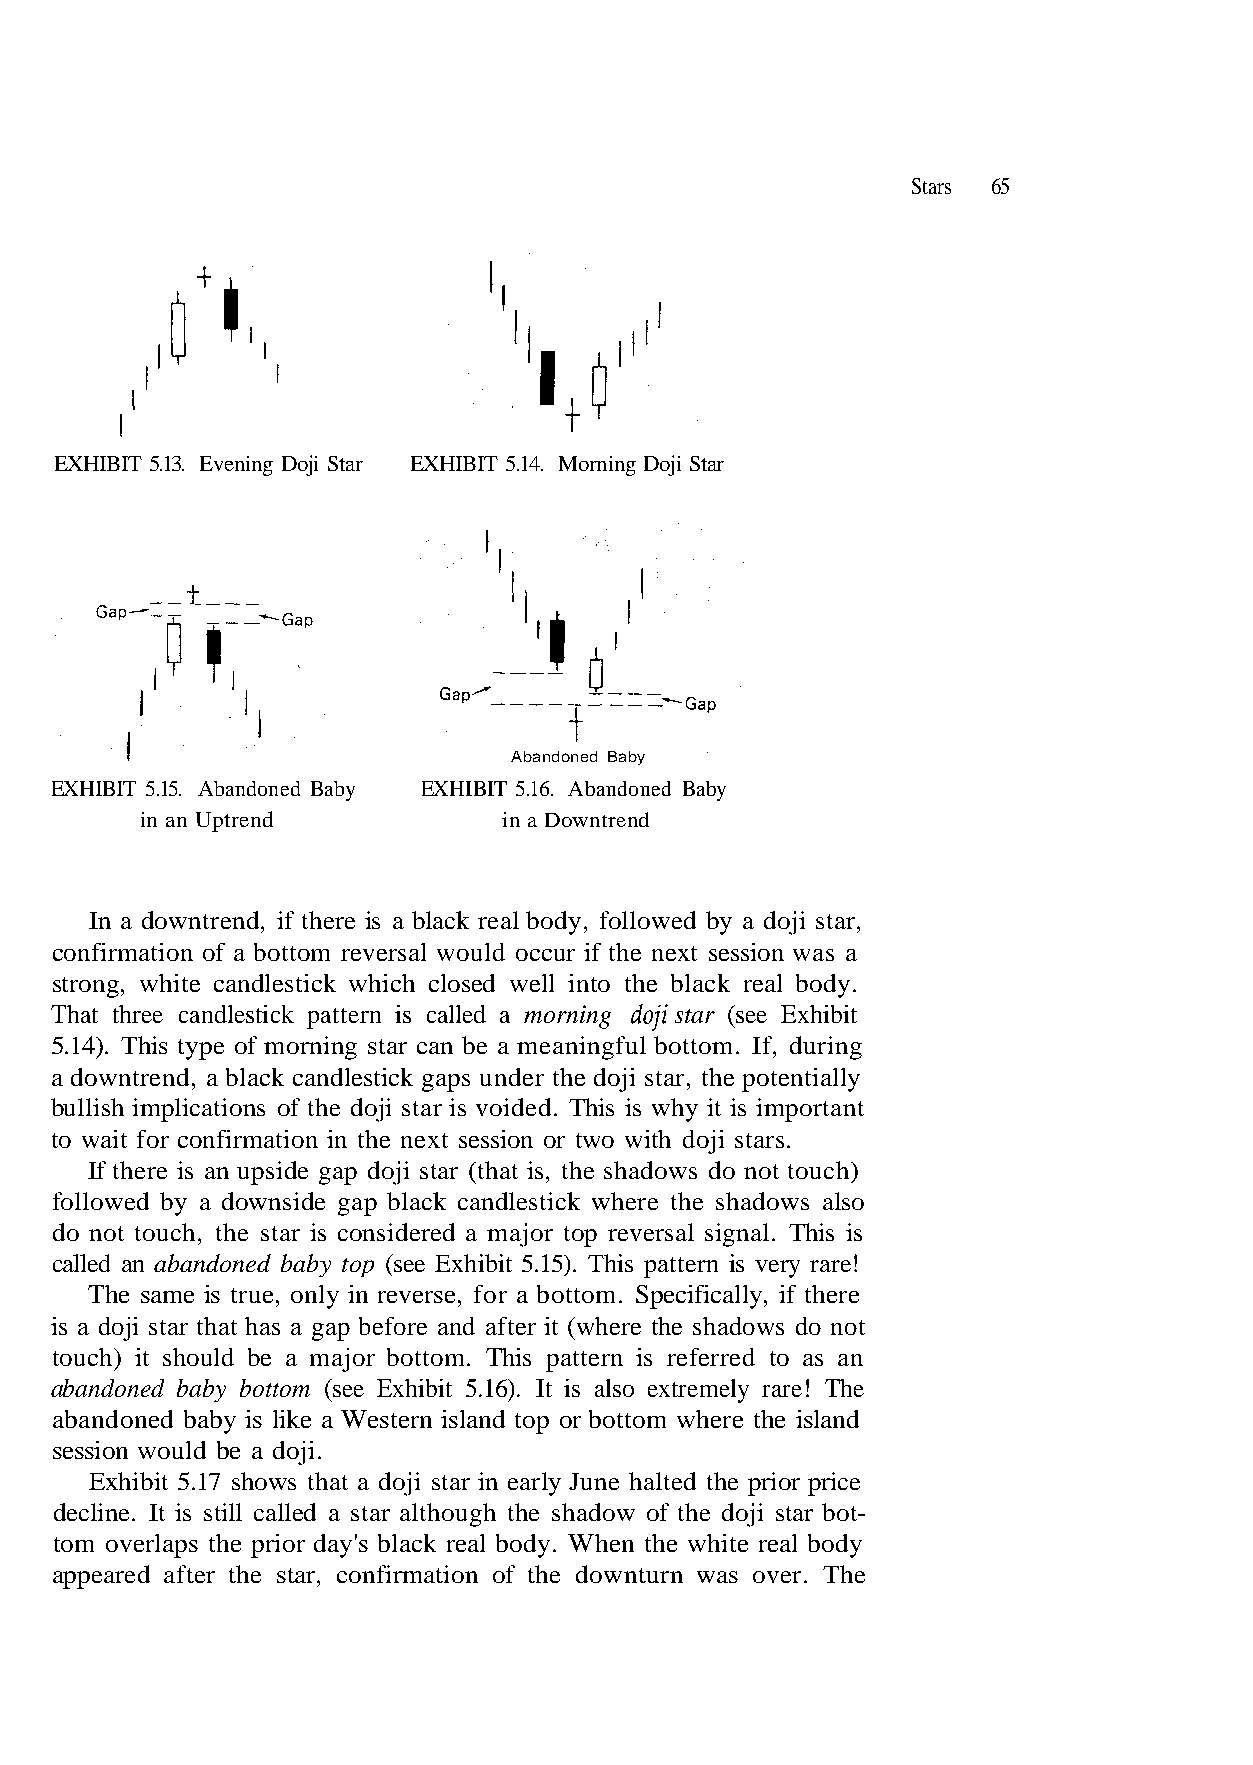
Stars 65
 EXHIBIT 5.13. Evening Doji Star EXHIBIT 5.14. Morning Doji Star
 Abandoned Baby
 EXHIBIT 5.16. Abandoned Baby
 in an Uptrend           in a Downtrend
 confirmation of a bottom reversal would occur if the next session was a
 strong, white candlestick which closed well into the black real body.
 That three candlestick pattern is called a morning doji star (see Exhibit
 If there is an upside gap doji star (that is, the shadows do not touch)
 followed by a downside gap black candlestick where the shadows also
 do not touch, the star is considered a major top reversal signal. This is
 called an abandoned baby top (see Exhibit 5.15). This pattern is very rare!
 is a doji star that has a gap before and after it (where the shadows do not
 decline. It is still called a star although the shadow of the doji star bot-
 appeared after the star, confirmation of the downturn was over. The
 y l
 y
 l
 d
 a i
 o
 t
 b
 n e
 l
 t
 a
 o
 e
 p
 e
 r
 e
 Th
 e
 h
 it
 t
 !
 h
 ,
 re
 w
 r
 a
 a
 r
 e
 t s
 y
 h
 ing
 oji
 mel
 n t
 dur
 e d
 xtre
 Whe
 ,
 e
 fh
 by a doji star,
 gful bottom. I
 ps under t
 important
 with doji stars.
 . It is also
 eal body.
 EXHIBIT 5.15. Abandoned Baby
 In a downtrend, if there is a black real body, followed
 5.14). This type of morning star can be a meanin
 a downtrend, a black candlestick ga
 bullish implications of the doji star is voided. This is why it is
 to wait for confirmation in the next session or two
 The same is true, only in reverse, for a bottom. Specifically, if there
 touch) it should be a major bottom. This pattern is referred to as an
 abandoned baby bottom (see Exhibit 5.16)
 abandoned baby is like a Western island top or bottom where the island
 session would be a doji.
 Exhibit 5.17 shows that a doji star in early June halted the prior price
 tom overlaps the prior day's black r